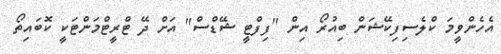
އެހެންވީމަ ކްލެސިފިކޭޝަން ބިއުރޯ އިން "ފިފްޓީ ޝޭޑްސް" އަށް ދޭ ޓްރީޓްމަންޓަކީ ކޮބައިތޯ